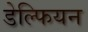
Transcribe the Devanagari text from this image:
डेल्फियन